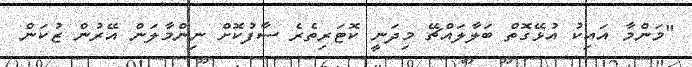
"މަންމާ އައިކު އުޅޭގޮތް ބަލާލައްޗޭ މިދަނީ ކޮޓަރިތެރެ ސާފުކޮށް ނިންމާލަން އޭރުން ޒުކަން